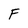
Character: F